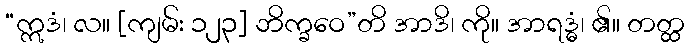
“ဣဒံ၊ လ။ [ကျမ်း ၁၂၃] ဘိက္ခဝေ”တိ အာဒိ၊ ကို။ အာရဒ္ဓံ၊ ၏။ တတ္ထ